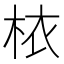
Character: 𣐿